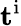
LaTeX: \mathbf{t}^{\mathrm{i}}